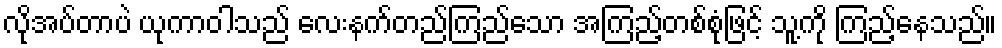
လိုအပ်တာပဲ ယုကာဝါသည် လေးနက်တည်ကြည်သော အကြည့်တစ်စုံဖြင့် သူ့ကို ကြည့်နေသည်။